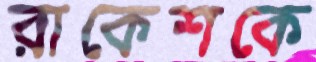
রাকেশকে